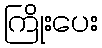
ကြိုးပေး